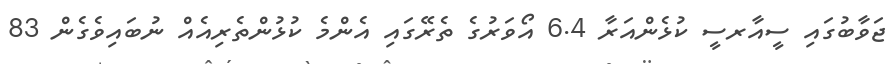
ޖަވާބުގައި ސީއާރސީ ކުޅެންއަރާ 6.4 އޯވަރުގެ ތެރޭގައި އެންމެ ކުޅުންތެރިއެއް ނުބައިވެގެން 83